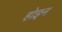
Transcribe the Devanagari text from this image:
होइन